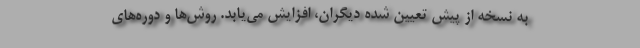
به نسخه از پیش تعیین شده دیگران، افزایش می‌یابد. روش‌ها و دوره‌های